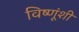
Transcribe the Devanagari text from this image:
विष्णूंशी